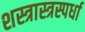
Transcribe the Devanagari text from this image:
शस्त्रास्त्रस्पर्धा